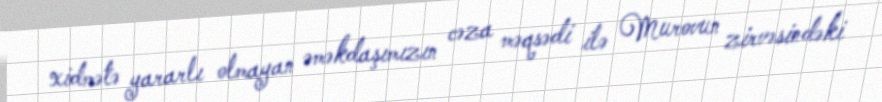
xidmətə yararlı olmayan əməkdaşımızın cəza məqsədi ilə Murovun zirvəsindəki